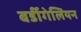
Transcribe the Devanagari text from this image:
बर्डीगेलियन